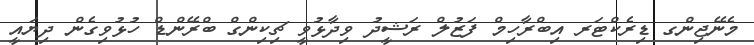
މެނޭޖިންގ ޑިރެކްޓަރ އިބްރާހިމް ފަޒުލް ރަޝީދު ވިދާޅުވީ ޗިކިންގް ބްރޭންޑް ހުޅުވިގެން ދިޔައީ